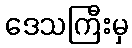
ဒေသကြီးမှ